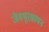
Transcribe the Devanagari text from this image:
जैवभूरसायन